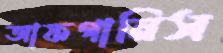
আফগানিস